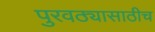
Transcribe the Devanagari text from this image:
पुरवठ्यासाठीच